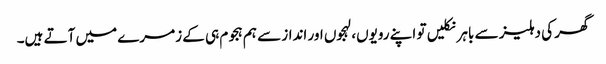
گھر کی دہلیز سے باہر نکلیں تو اپنے رویوں، لہجوں اور انداز سے ہم ہجوم ہی کے زمرے میں آتے ہیں۔